Civil Veterinary Dept. Bombay admin report 1923-31 - 1923-1931
Year: 1923
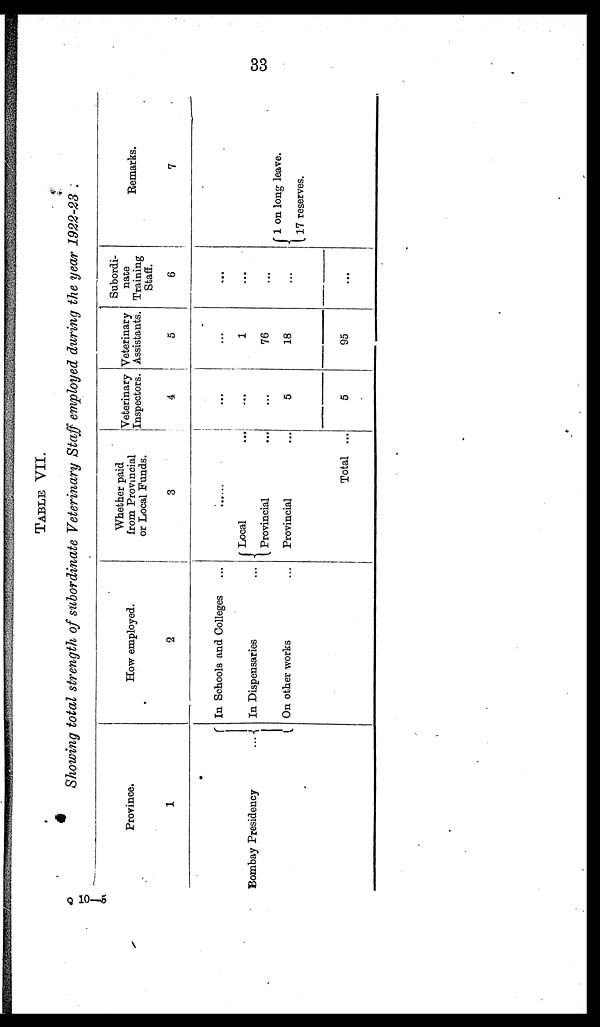
33
TABLE
VII.
Showing total strength of subordinate Veterinary Staff employed during the year 1922-23
Province.
1
Bombay Presidency
...
How employed.
2
In Schools and Colleges ...
In Dispensaries ...
On other works ...
Whether paid
from Provincia
or Local Funds.
3
Local ...
Provincial ...
Provincial ...
Total ...
Veterinary
Inspectors.
4
...
...
...
5
5
Veterinary
Assistants.
5
...
1
76
18
95
Subordi-
nate
Training
Staff.
6
...
...
...
...
...
Remarks
7
1 on long leave.
17 reserves.
Q 10—5